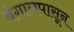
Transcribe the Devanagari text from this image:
बंगालपासून